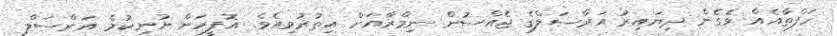
ހަފްތާއެއް ވެގެން ދިޔައިރު އަރްސަލްގެ ޖެއްސުން ނިމްރާއަށް އިތުރުވިއެވެ. އޮފީހަށް ނުނިކުމެ އަރްސަލް